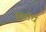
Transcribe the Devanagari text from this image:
तिरोध